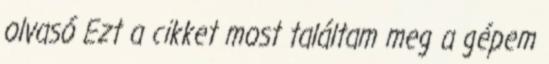
olvasó Ezt a cikket most találtam meg a gépem